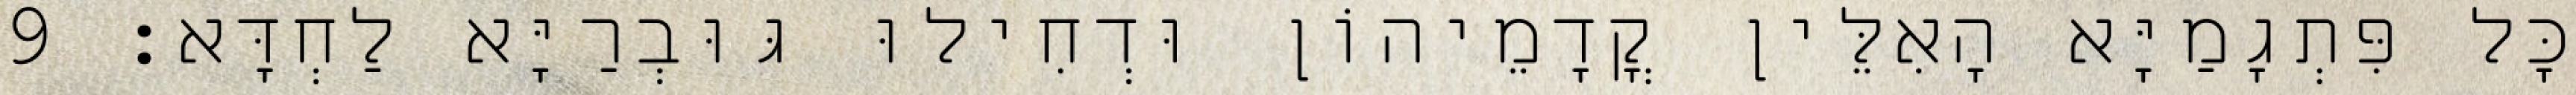
כָּל פִּתְגָמַיָּא הָאִלֵּין קֳדָמֵיהוֹן וּדְחִילוּ גּוּבְרַיָּא לַחְדָּא׃ 9